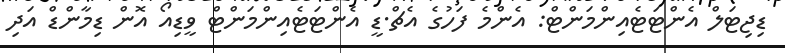
ޑިޖިޓަލް އެންޓަޓެއިންމަންޓް: އެންމެ ފަހުގެ އެޗް.ޑީ އެންޓަޓެއިންމަންޓް ވީޑިއޯ އޮން ޑިމާންޑް އަދި